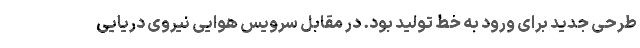
طرحی جدید برای ورود به خط تولید بود. در مقابل سرویس هوایی نیروی دریایی